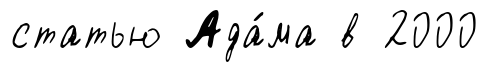
статью Ада́ма в 2000